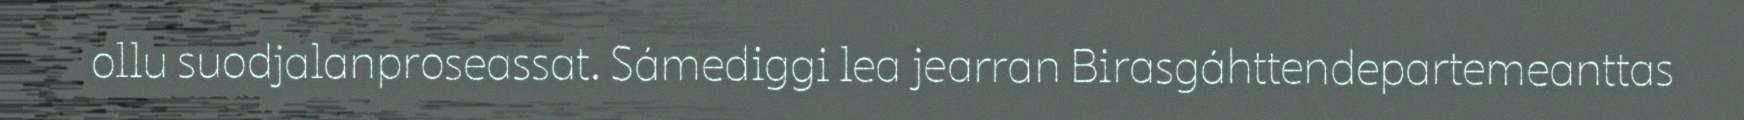
ollu suodjalanproseassat. Sámediggi lea jearran Birasgáhttendepartemeanttas